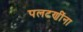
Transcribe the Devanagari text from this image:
पलटणींना